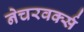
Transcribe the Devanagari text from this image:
नेचरवर्क्स